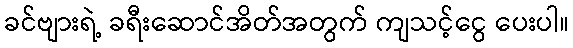
ခင်ဗျားရဲ့ ခရီးဆောင်အိတ်အတွက် ကျသင့်ငွေ ပေးပါ။